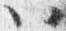
以